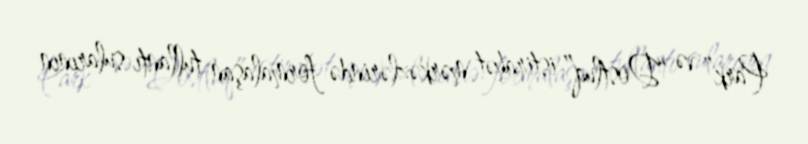
Park” və “Dostluq” istirahət mərkəzlərində formalaşan tullantı sularının